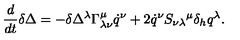
\frac { d } { d t } \delta \Delta = - \delta \Delta ^ { \lambda } \Gamma _ { \lambda \nu } ^ { \mu } \dot { q } ^ { \nu } + 2 \dot { q } ^ { \nu } S _ { \nu \lambda } { } ^ { \mu } \delta _ { h } q ^ { \lambda } .